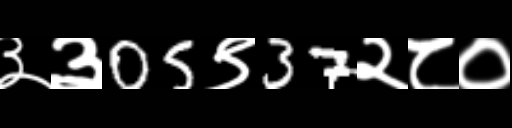
Text: ३३05९37२८०